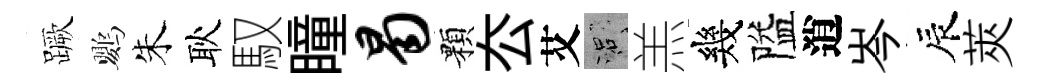
蹶鸚朱耿馭瞳曷顆厺艾口羔幾隘逍岑辰莢